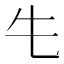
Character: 𮯲